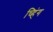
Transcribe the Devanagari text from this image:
च्हिंग